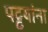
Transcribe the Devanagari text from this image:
पट्टयांना